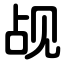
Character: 觇